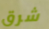
شرق